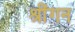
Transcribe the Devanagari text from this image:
श्रींगन